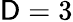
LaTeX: {\mathsf{D}=3}